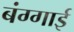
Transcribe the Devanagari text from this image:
बंग्गाई